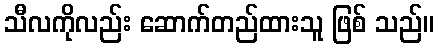
သီလကိုလည်း ဆောက်တည်ထားသူ ဖြစ် သည်။